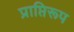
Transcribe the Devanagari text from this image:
प्राप्तिरूप